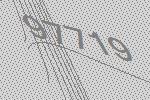
97719